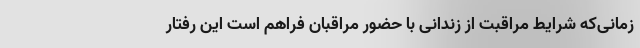
زمانی‌که شرایط مراقبت از زندانی با حضور مراقبان فراهم است این رفتار